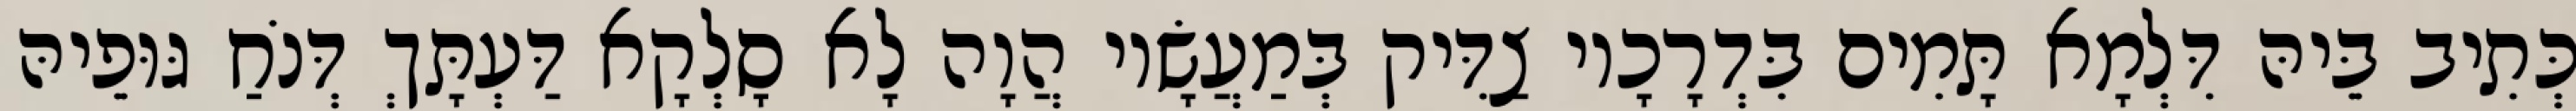
כְּתִיב בֵּיהּ דִּלְמָא תָּמִים בִּדְרָכָיו צַדִּיק בְּמַעֲשָׂיו הֲוָה לָא סָלְקָא דַּעְתָּךְ דְּנֹחַ גּוּפֵיהּ